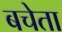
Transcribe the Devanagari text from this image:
बचेता